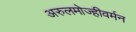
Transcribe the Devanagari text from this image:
अरुलमोज्हीवर्मन